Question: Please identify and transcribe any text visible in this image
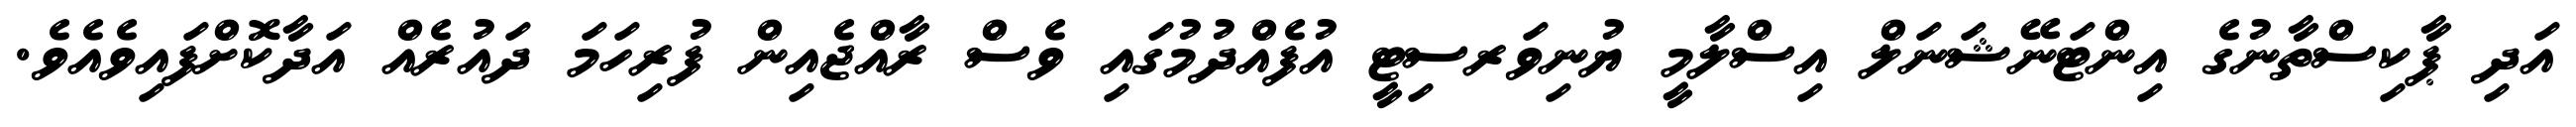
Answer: އަދި ޕާކިސްތާނުގެ އިންޓަނޭޝަނަލް އިސްލާމީ ޔުނިވަރސިޓީ އުފެއްދުމުގައި ވެސް ރާއްޖެއިން ފުރިހަމަ ދައުރެއް އަދާކޮށްފައިވެއެވެ.